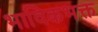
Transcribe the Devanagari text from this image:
भाविकभक्त